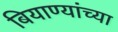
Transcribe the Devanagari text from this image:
बियाण्यांच्या